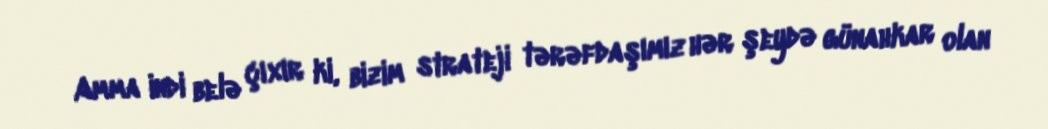
Amma indi belə çıxır ki, bizim strateji tərəfdaşımız hər şeydə günahkar olan